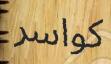
كواسر